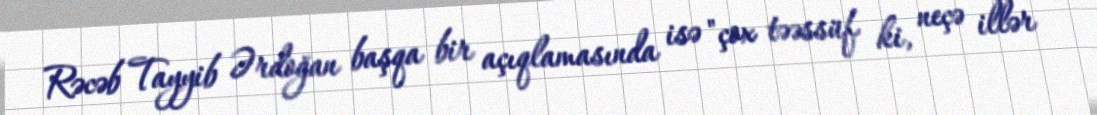
Rəcəb Tayyib Ərdoğan başqa bir açıqlamasında isə "çox təəssüf ki, neçə illər